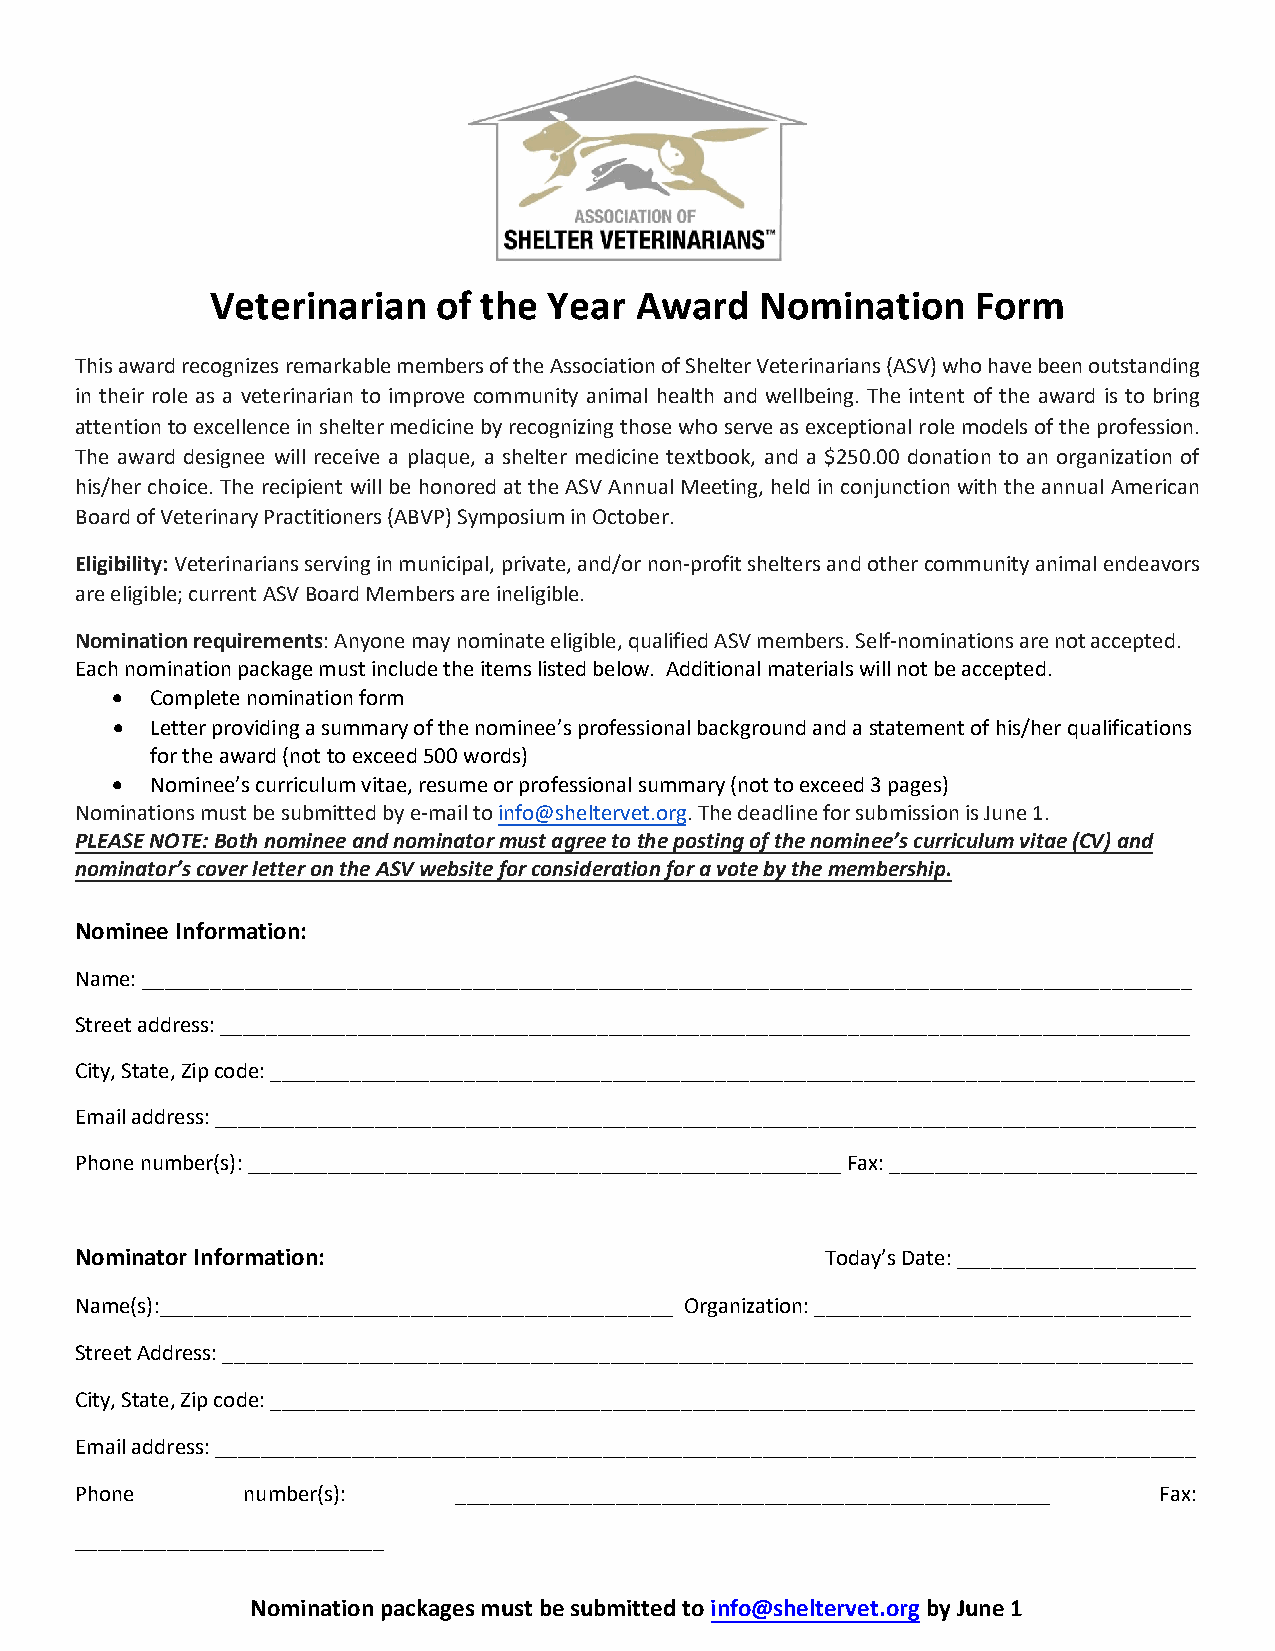
Veterinarian   of the Year  Award   Nomination     Form
 This award recognizes remarkable members of the Association of Shelter Veterinarians (ASV) who have been outstanding
 in their role as a veterinarian to improve community animal health and wellbeing. The intent of the award is to bring
 attention to excellence in shelter medicine by recognizing those who serve as exceptional role models of the profession.
 The award designee will receive a plaque, a shelter medicine textbook, and a $250.00 donation to an organization of
 his/her choice. The recipient will be honored at the ASV Annual Meeting, held in conjunction with the annual American
 Board of Veterinary Practitioners (ABVP) Symposium in October.
 Eligibility: Veterinarians serving in municipal, private, and/or non-profit shelters and other community animal endeavors
 are eligible; current ASV Board Members are ineligible.
 Nomination requirements: Anyone may nominate eligible, qualified ASV members. Self-nominations are not accepted.
 Each nomination package must include the items listed below. Additional materials will not be accepted.
 •  Complete nomination form
 •  Letter providing a summary of the nominee’s professional background and a statement of his/her qualifications
 for the award (not to exceed 500 words)
 •  Nominee’s curriculum vitae, resume or professional summary (not to exceed 3 pages)
 Nominations must be submitted by e-mail to info@sheltervet.org. The deadline for submission is June 1.
 PLEASE NOTE: Both nominee and nominator must agree to the posting of the nominee’s curriculum vitae (CV) and
 nominator’s cover letter on the ASV website for consideration for a vote by the membership.
 Nominee Information:
 Name: ____________________________________________________________________________________________
 Street address: _____________________________________________________________________________________
 City, State, Zip code: _________________________________________________________________________________
 Email address: ______________________________________________________________________________________
 Phone number(s): ____________________________________________________ Fax: ___________________________
 Nominator Information:                            Today’s Date: _____________________
 Name(s):_____________________________________________ Organization: _________________________________
 Street Address: _____________________________________________________________________________________
 City, State, Zip code: _________________________________________________________________________________
 Email address: ______________________________________________________________________________________
 Phone      number(s):    ____________________________________________________ Fax:
 ___________________________
 Nomination packages must be submitted to info@sheltervet.org by June 1